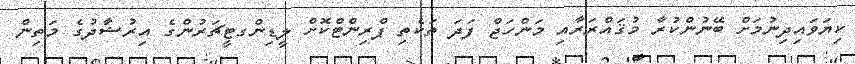
ކިޔަވައިދިނުމަށް ބޭނުންކުރާ މުޤައްރަރާއި މަންހަޖް ފަދަ ތަކެތި ޕްރިންޓްކޮށް ލީޑިންގޓީޗަރުންގެ އިރުޝާދުގެ މަތިން